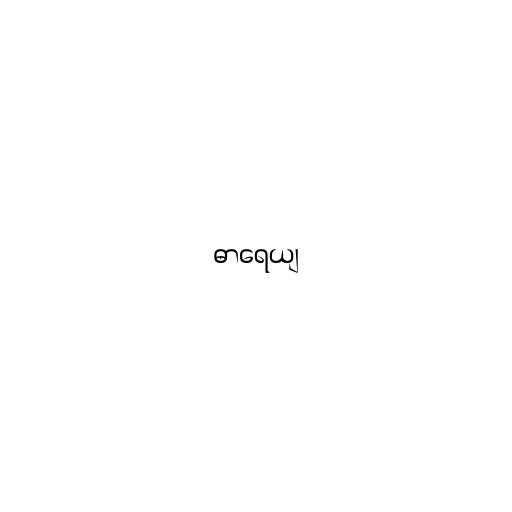
ဓာရေယျ